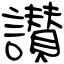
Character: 讃